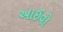
આઈવો